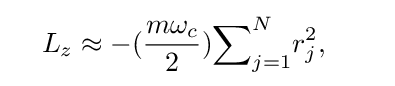
\quad L_{z}\approx -({\frac {m\omega _{c}}{2}}){\sum }_{j=1}^{N}r_{j}^{2},\qquad